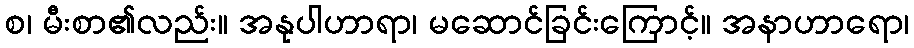
စ၊ မီးစာ၏လည်း။ အနုပါဟာရာ၊ မဆောင်ခြင်းကြောင့်။ အနာဟာရော၊